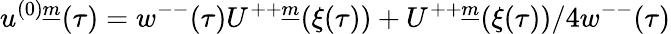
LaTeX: u^{(0)\underline{{{m}}}}(\tau)=w^{--}(\tau)U^{++\underline{{{m}}}}(\xi(\tau))+U^{++\underline{{{m}}}}(\xi(\tau))/4w^{--}(\tau)